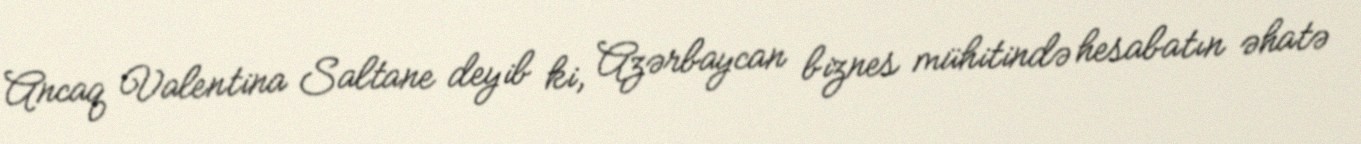
Ancaq Valentina Saltane deyib ki, Azərbaycan biznes mühitində hesabatın əhatə